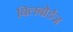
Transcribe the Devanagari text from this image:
बिलबोर्डज